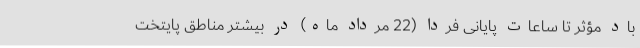
باد مؤثر تا ساعات پایانی فردا (22 مرداد ماه) در بیشتر مناطق پایتخت